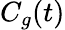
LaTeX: C_{g}(t)